画像に写った文字を読んでください
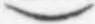
「)」と書いてあります